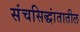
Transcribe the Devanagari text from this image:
संचसिद्धांतातील